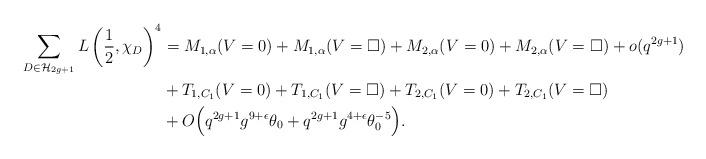
LaTeX: \begin{align*}\sum_{D \in \mathcal{H}_{2g+1}} L \left( \frac{1}{2} , \chi_D \right)^4 &= M_{1,\alpha}(V=0)+M_{1,\alpha}(V=\square)+M_{2,\alpha}(V=0)+M_{2,\alpha}(V=\square)+ o(q^{2g+1}) \\&+ T_{1,C_1}(V=0)+T_{1,C_1}(V=\square)+T_{2,C_1}(V=0)+T_{2,C_1}(V=\square) \\&+O\Big(q^{2g+1} g^{9+\epsilon} \theta_0+ q^{2g+1} g^{4+\epsilon} \theta_0^{-5} \Big). \end{align*}